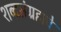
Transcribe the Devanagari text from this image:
शब्दसंग्रहाचे